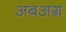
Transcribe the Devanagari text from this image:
अबअग्र